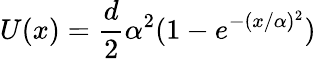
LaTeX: U(x)={\frac{d}{2}}\alpha^{2}(1-e^{-(x/\alpha)^{2}})